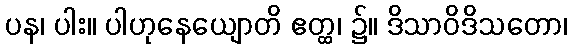
ပန၊ ပါး။ ပါဟုနေယျောတိ ဧတ္ထ၊ ၌။ ဒိသာဝိဒိသတော၊